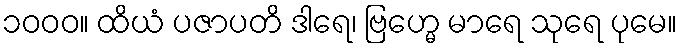
၁၀၀၀။ ထိယံ ပဇာပတိ ဒါရေ၊ ဗြဟ္မေ မာရေ သုရေ ပုမေ။